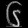
Digit: ၆